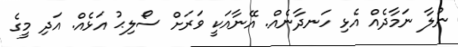
ނުލާ ނަމާދެއް އެޅި ހަނދާނެއް. އޭނާއަކީ ވަރަށް ސޯލިޙު އަޅެއް. އަދި މީގެ